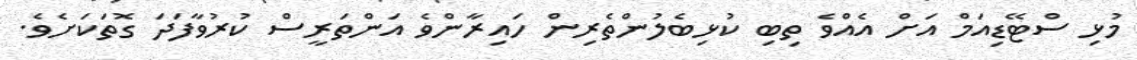
މުޅި ސްޓޭޑިއަމް އަށް އެއްވެ ތިބި ކުޅިބެލުންތެރިން ހައިރާންވެ އަންތަރީސް ކުރުވާފަދަ ގޮތަކަށެވެ.